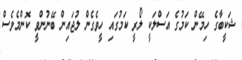
ޝަކީބާގެ ހިމޭން ކަމުގެ އަސްލަކީ ލޯރީ ކަމުގައި ހީވެގެން ލުޖައިން ބޭނުންވީ ކޮންމެވެސް